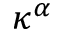
\kappa ^ { \alpha }